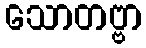
သောတဗ္ဗာ